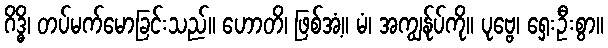
ဂိဒ္ဓိ၊ တပ်မက်မောခြင်းသည်။ ဟောတိ၊ ဖြစ်အံ့။ မံ၊ အကျွန်ုပ်ကို။ ပုဗ္ဗေ၊ ရှေးဦးစွာ။